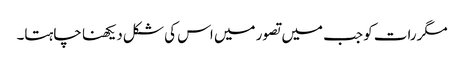
مگررات کو جب میں تصور میں اس کی شکل دیکھنا چاہتا۔